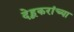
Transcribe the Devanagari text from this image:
देहूकरांच्या